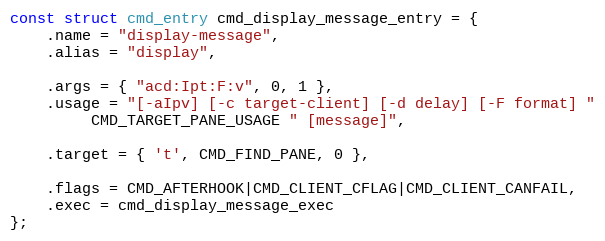
Language: C
const struct cmd_entry cmd_display_message_entry = {
	.name = "display-message",
	.alias = "display",

	.args = { "acd:Ipt:F:v", 0, 1 },
	.usage = "[-aIpv] [-c target-client] [-d delay] [-F format] "
		 CMD_TARGET_PANE_USAGE " [message]",

	.target = { 't', CMD_FIND_PANE, 0 },

	.flags = CMD_AFTERHOOK|CMD_CLIENT_CFLAG|CMD_CLIENT_CANFAIL,
	.exec = cmd_display_message_exec
};